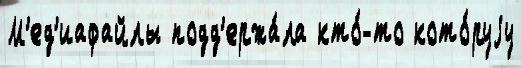
М'ед'иафайлы подд'ержа́ла кто́-то кото́руjу